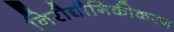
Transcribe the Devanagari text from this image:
निरौद्यौगिकीकरण